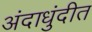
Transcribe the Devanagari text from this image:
अंदाधुंदीत